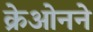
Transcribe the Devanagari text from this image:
क्रेओनने